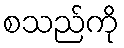
စသည်ကို